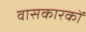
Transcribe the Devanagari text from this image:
वासकारकों